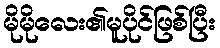
မိုမိုလေး၏မူပိုင်ဖြစ်ပြီး